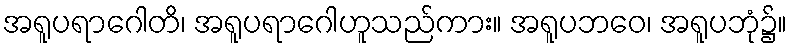
အရူပရာဂေါတိ၊ အရူပရာဂေါဟူသည်ကား။ အရူပဘဝေ၊ အရူပဘုံ၌။